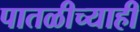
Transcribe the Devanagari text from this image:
पातळीच्याही